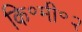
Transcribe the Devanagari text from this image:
कि॰मी॰२